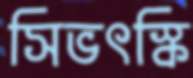
সিভৎস্কি